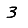
Digit: 3